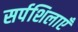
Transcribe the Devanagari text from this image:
सर्पशिलाएँ